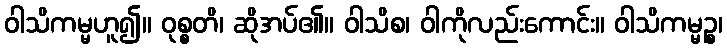
ဝါသိကမ္မဟူ၍။ ဝုစ္စတိ၊ ဆိုအပ်၏။ ဝါသိစ၊ ဝါကိုလည်းကောင်း။ ဝါသိကမ္မဉ္စ၊